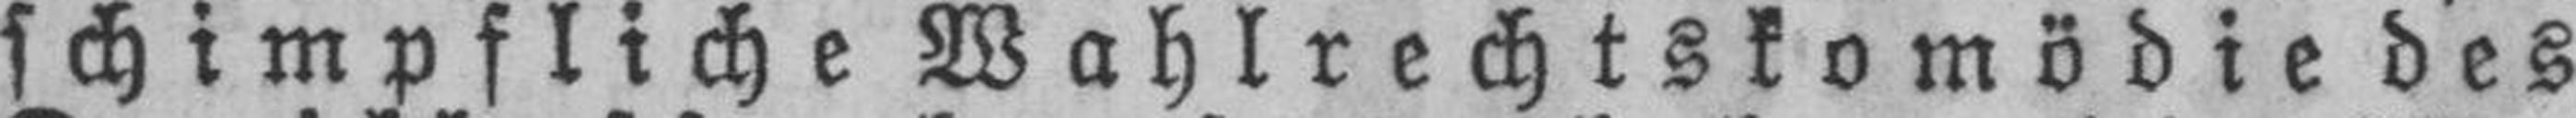
schimpfliche Wahlrechtskomödie des